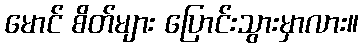
မောင် စိတ်များ ပြောင်းသွားမှာလား။